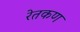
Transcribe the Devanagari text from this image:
रेतकण